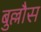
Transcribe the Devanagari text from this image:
बुल्लौस